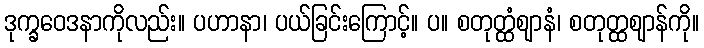
ဒုက္ခဝေဒနာကိုလည်း။ ပဟာနာ၊ ပယ်ခြင်းကြောင့်။ ပ။ စတုတ္ထံဈာနံ၊ စတုတ္ထဈာန်ကို။